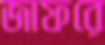
জাফরে